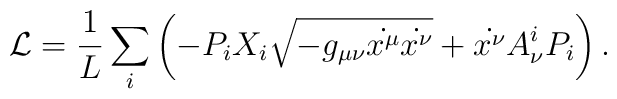
\mathcal{L} = \frac{1}{L} \sum_i \left(-P_i X_i\sqrt{-g_{\mu \nu}\dot{x^{\mu}}\dot{ x^{\nu}}}  + \dot{x^{\nu}} A^i_{\nu} P_i\right).